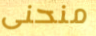
منحنى